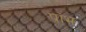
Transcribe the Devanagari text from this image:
प्रांभ